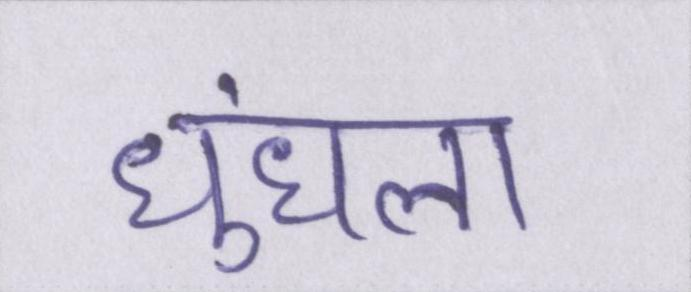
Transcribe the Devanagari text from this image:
धुंधला